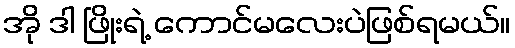
အို ဒါ ဖြိုးရဲ့ ကောင်မလေးပဲဖြစ်ရမယ်။